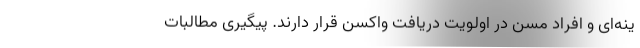
ینه‌ای و افراد مسن در اولویت دریافت واکسن قرار دارند. پیگیری مطالبات